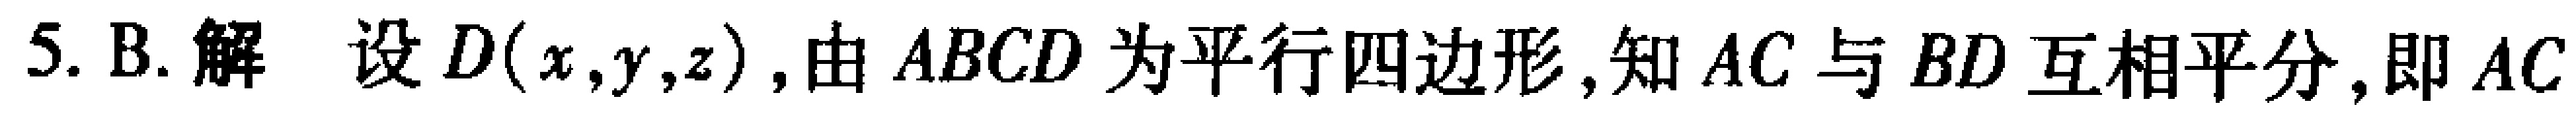
5. B. 解 设$D(x,y,z)$,由$ABCD$为平行四边形,知$AC$与$BD$互相平分,即$AC$